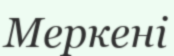
Меркені